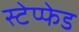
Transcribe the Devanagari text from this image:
स्टेप्फेड